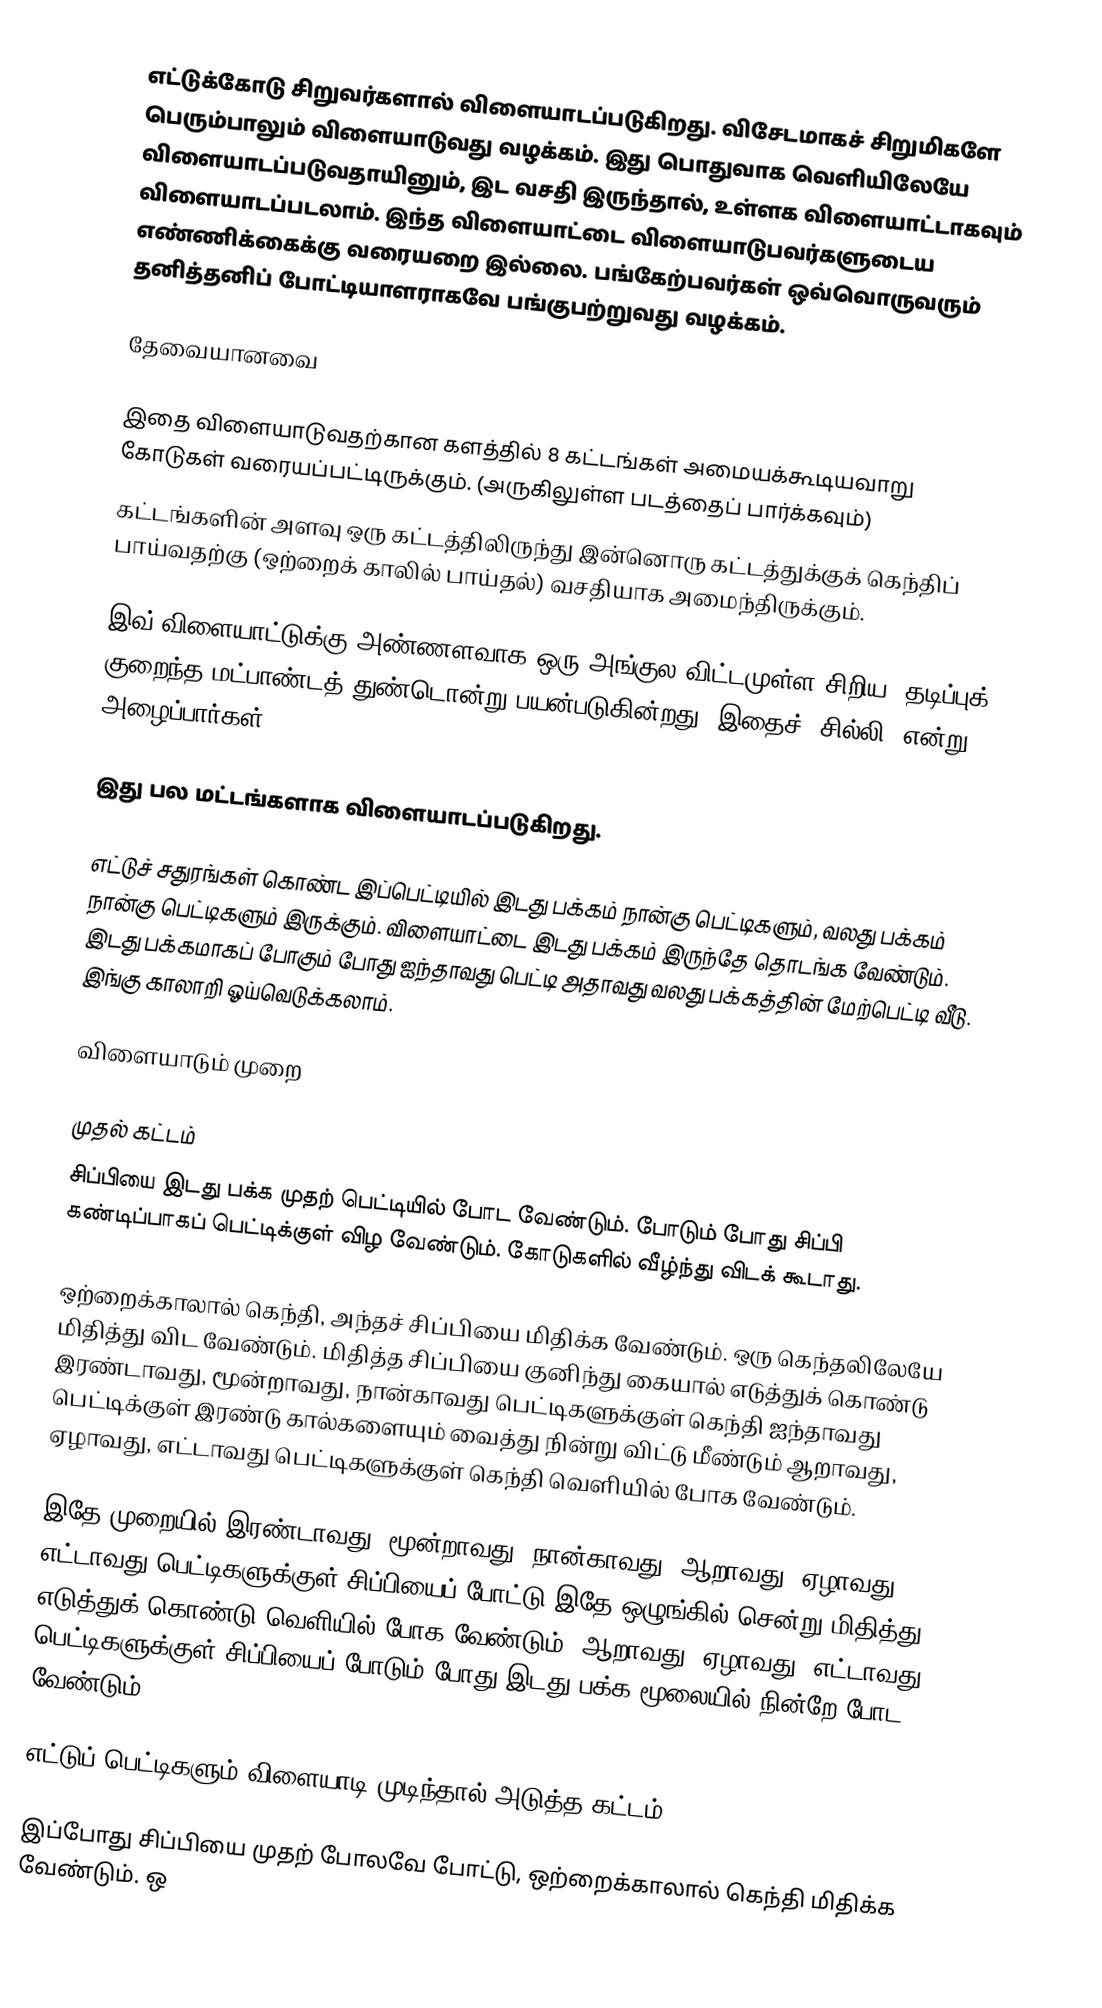
எட்டுக்கோடு சிறுவர்களால் விளையாடப்படுகிறது. விசேடமாகச் சிறுமிகளே பெரும்பாலும் விளையாடுவது வழக்கம். இது பொதுவாக வெளியிலேயே விளையாடப்படுவதாயினும், இட வசதி இருந்தால், உள்ளக விளையாட்டாகவும் விளையாடப்படலாம். இந்த விளையாட்டை விளையாடுபவர்களுடைய எண்ணிக்கைக்கு வரையறை இல்லை. பங்கேற்பவர்கள் ஒவ்வொருவரும் தனித்தனிப் போட்டியாளராகவே பங்குபற்றுவது வழக்கம்.

தேவையானவை

இதை விளையாடுவதற்கான களத்தில் 8 கட்டங்கள் அமையக்கூடியவாறு கோடுகள் வரையப்பட்டிருக்கும். (அருகிலுள்ள படத்தைப் பார்க்கவும்)
கட்டங்களின் அளவு ஒரு கட்டத்திலிருந்து இன்னொரு கட்டத்துக்குக் கெந்திப் பாய்வதற்கு (ஒற்றைக் காலில் பாய்தல்) வசதியாக அமைந்திருக்கும்.

இவ் விளையாட்டுக்கு அண்ணளவாக ஒரு அங்குல விட்டமுள்ள சிறிய, தடிப்புக் குறைந்த மட்பாண்டத் துண்டொன்று பயன்படுகின்றது. இதைச் "சில்லி" என்று அழைப்பார்கள்.

இது பல மட்டங்களாக விளையாடப்படுகிறது.

எட்டுச் சதுரங்கள் கொண்ட இப்பெட்டியில் இடது பக்கம் நான்கு பெட்டிகளும், வலது பக்கம் நான்கு பெட்டிகளும் இருக்கும். விளையாட்டை இடது பக்கம் இருந்தே தொடங்க வேண்டும். இடது பக்கமாகப் போகும் போது ஐந்தாவது பெட்டி அதாவது வலது பக்கத்தின் மேற்பெட்டி வீடு. இங்கு காலாறி ஓய்வெடுக்கலாம்.

விளையாடும் முறை

முதல் கட்டம்
சிப்பியை இடது பக்க முதற் பெட்டியில் போட வேண்டும். போடும் போது சிப்பி கண்டிப்பாகப் பெட்டிக்குள் விழ வேண்டும். கோடுகளில் வீழ்ந்து விடக் கூடாது.

ஒற்றைக்காலால் கெந்தி, அந்தச் சிப்பியை மிதிக்க வேண்டும். ஒரு கெந்தலிலேயே மிதித்து விட வேண்டும். மிதித்த சிப்பியை குனிந்து கையால் எடுத்துக் கொண்டு இரண்டாவது, மூன்றாவது, நான்காவது பெட்டிகளுக்குள் கெந்தி ஐந்தாவது பெட்டிக்குள் இரண்டு கால்களையும் வைத்து நின்று விட்டு மீண்டும் ஆறாவது, ஏழாவது, எட்டாவது பெட்டிகளுக்குள் கெந்தி வெளியில் போக வேண்டும்.

இதே முறையில் இரண்டாவது, மூன்றாவது, நான்காவது, ஆறாவது, ஏழாவது, எட்டாவது பெட்டிகளுக்குள் சிப்பியைப் போட்டு இதே ஒழுங்கில் சென்று மிதித்து, எடுத்துக் கொண்டு வெளியில் போக வேண்டும். ஆறாவது, ஏழாவது, எட்டாவது பெட்டிகளுக்குள் சிப்பியைப் போடும் போது இடது பக்க மூலையில் நின்றே போட வேண்டும்.

எட்டுப் பெட்டிகளும் விளையாடி முடிந்தால் அடுத்த கட்டம்

இப்போது சிப்பியை முதற் போலவே போட்டு, ஒற்றைக்காலால் கெந்தி மிதிக்க வேண்டும். ஒ